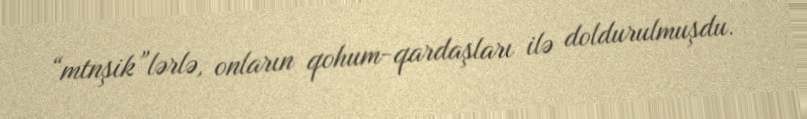
“mtnşik”lərlə, onların qohum-qardaşları ilə doldurulmuşdu.